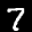
Label: 7